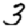
Digit: 3